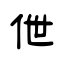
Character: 伳